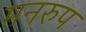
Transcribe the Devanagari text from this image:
मनरुप